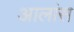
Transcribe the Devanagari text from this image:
आलांस